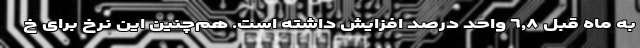
به ماه قبل ٦,٨ واحد درصد افزایش داشته است. هم‌چنین این نرخ برای خ